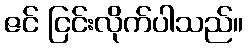
ဇင် ငြင်းလိုက်ပါသည်။